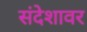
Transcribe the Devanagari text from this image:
संदेशावर